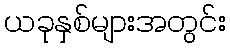
ယခုနှစ်များအတွင်း